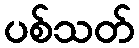
ပစ်သတ်